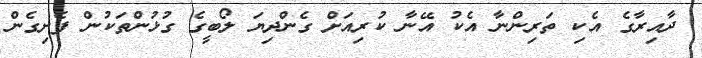
ދާއިރާގެ އެކި ތަރިންނާ އެކު އޭނާ ކުރިއަށް ގެންދިޔަ ލޯބީގެ ގުޅުންތަކުން ފެށިގެން